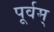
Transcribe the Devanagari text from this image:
पूर्वम्